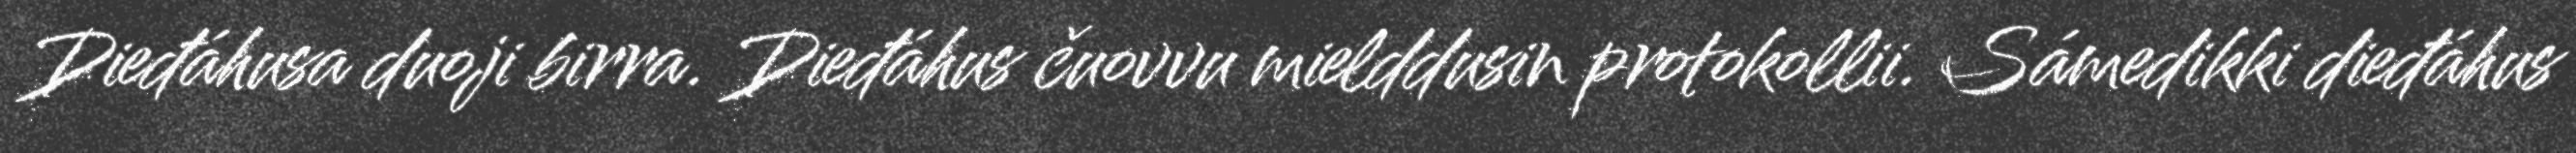
Dieđáhusa duoji birra. Dieđáhus čuovvu mielddusin protokollii. Sámedikki dieđáhus